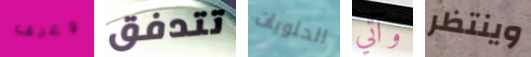
وعرف تتدفق الحلويات وآتي وينتظر